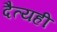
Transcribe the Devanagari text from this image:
दैत्यही